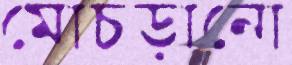
মোচড়ানো